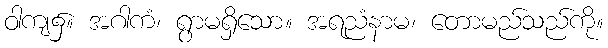
ဝါကျ၌။ အဂါကံ၊ ရွာမရှိသော။ အရညံနာမ၊ တောမည်သည်ကို။